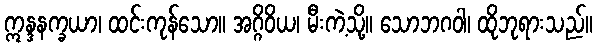
ဣန္ဒနက္ခယာ၊ ထင်းကုန်သော။ အဂ္ဂိဝိယ၊ မီးကဲ့သို့။ သောဘဂဝါ၊ ထိုဘုရားသည်။